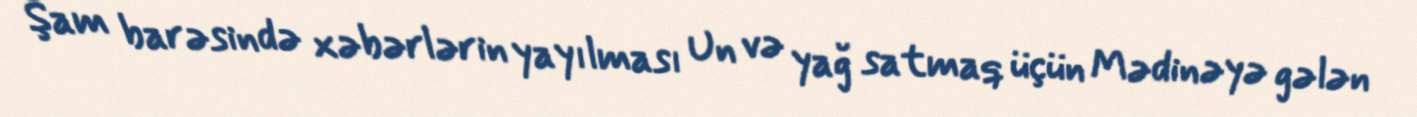
Şam barəsində xəbərlərin yayılması Un və yağ satmaq üçün Mədinəyə gələn